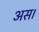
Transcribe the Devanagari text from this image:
अस।